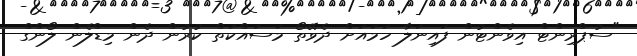
"ސުޕްރިންޓް އިވެންޓުން ފައިނަލާ ހަމައަށް ދެވޭތޯ މަސައްކަތް ކުރުން ދެން މިޑްލެން ލޯންގް